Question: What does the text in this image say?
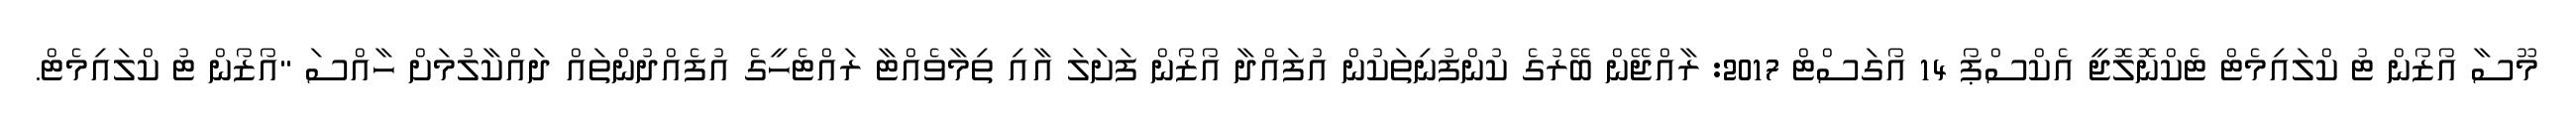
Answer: މޫސާ އޯޒޯން ޓު ކްލައިމެޓް ޓެކްނޮލޮޖީ އެކްސްޕޯ 14 އޯގަސްޓް 2017: ރާއްޖޭން ބޭރުގެ ކުންފުނިތަކުން އުފައްދާ އޯޒޯން ފަށަލަ އާއި ތިމާވެއްޓާ ރައްޓެހީގެ އުފެއްދުންތައް ދައްކާލުމަށް ހާއްސަ "އޯޒޯން ޓު ކްލައިމެޓް.